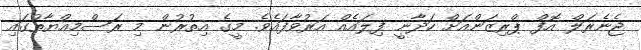
ޖެނެރަލް އޮފް ޕްރިޒަންއަށް ހަދާނީ ފިލައެއް އަރުވާފައެވެ. މީގެ އިތުރުން މި ރަސްމިއްޔާތުގައި